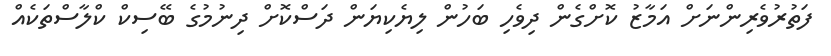
ފަތުރުވެރިންނަށް އަމާޒު ކޮށްގެން ދިވެހި ބަހުން ލިޔެކިޔަން ދަސްކޮށް ދިނުމުގެ ބޭސިކް ކްލާސްތަކެއް